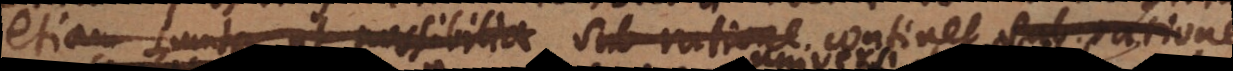
etiam sumta ut possibilia sub ratione continet sub ratione